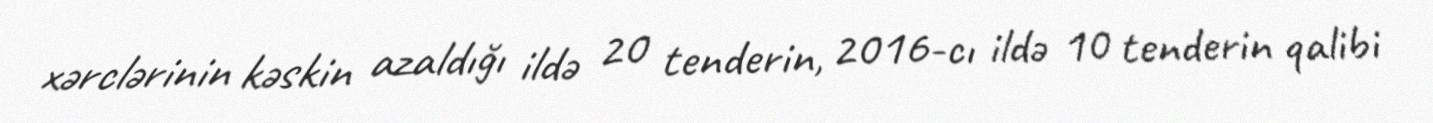
xərclərinin kəskin azaldığı ildə 20 tenderin, 2016-cı ildə 10 tenderin qalibi